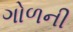
ગોળની